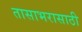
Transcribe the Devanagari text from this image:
तासाभरासाठी